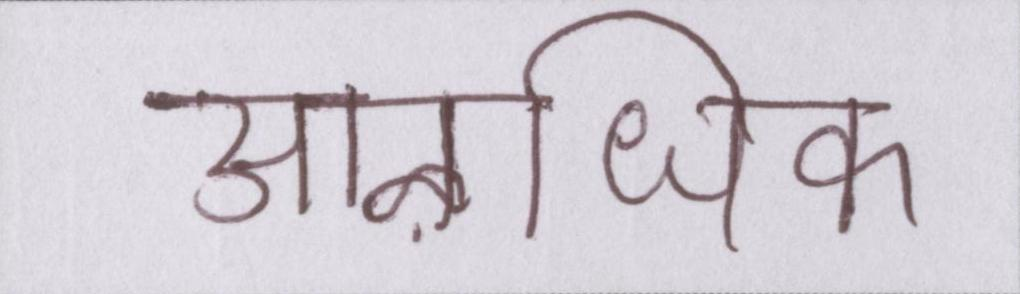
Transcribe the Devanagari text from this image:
आऴधिक